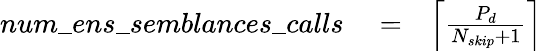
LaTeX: \begin{array}{rlr}{num\_ ens\_ semblances\_ calls}&{{}=}&{\left\lceil\frac{P_{d}}{N_{skip}+1}\right\rceil}\end{array}